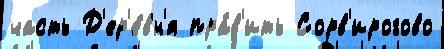
часть Д'ер'е́вн'я пра́в'ить Сорв'ирогово